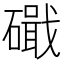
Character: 𥖙